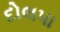
દોલપા